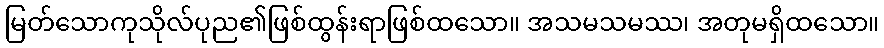
မြတ်သောကုသိုလ်ပုည၏ဖြစ်ထွန်းရာဖြစ်ထသော။ အသမသမဿ၊ အတုမရှိထသော။